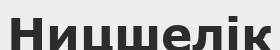
Ницшелік